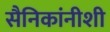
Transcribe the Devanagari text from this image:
सैनिकांनीशी